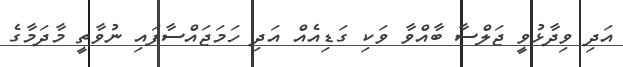
އަދި ވިދާޅުވީ ޖަލްސާ ބާއްވާ ވަކި ގަޑިއެއް އަދި ހަމަޖައްސާފައި ނުވާތީ މާދަމާގެ